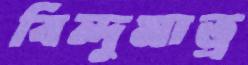
বিন্দুমাত্র